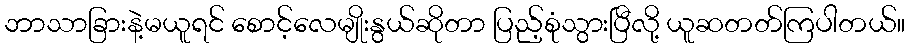
ဘာသာခြားနဲ့မယူရင် စောင့်လေမျိုးနွယ်ဆိုတာ ပြည့်စုံသွားပြီလို့ ယူဆတတ်ကြပါတယ်။